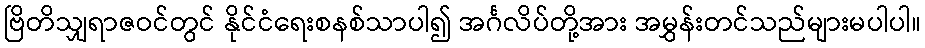
ဗြိတိသျှရာဇဝင်တွင် နိုင်ငံရေးစနစ်သာပါ၍ အင်္ဂလိပ်တို့အား အမွှန်းတင်သည်များမပါပါ။